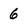
Character: 6